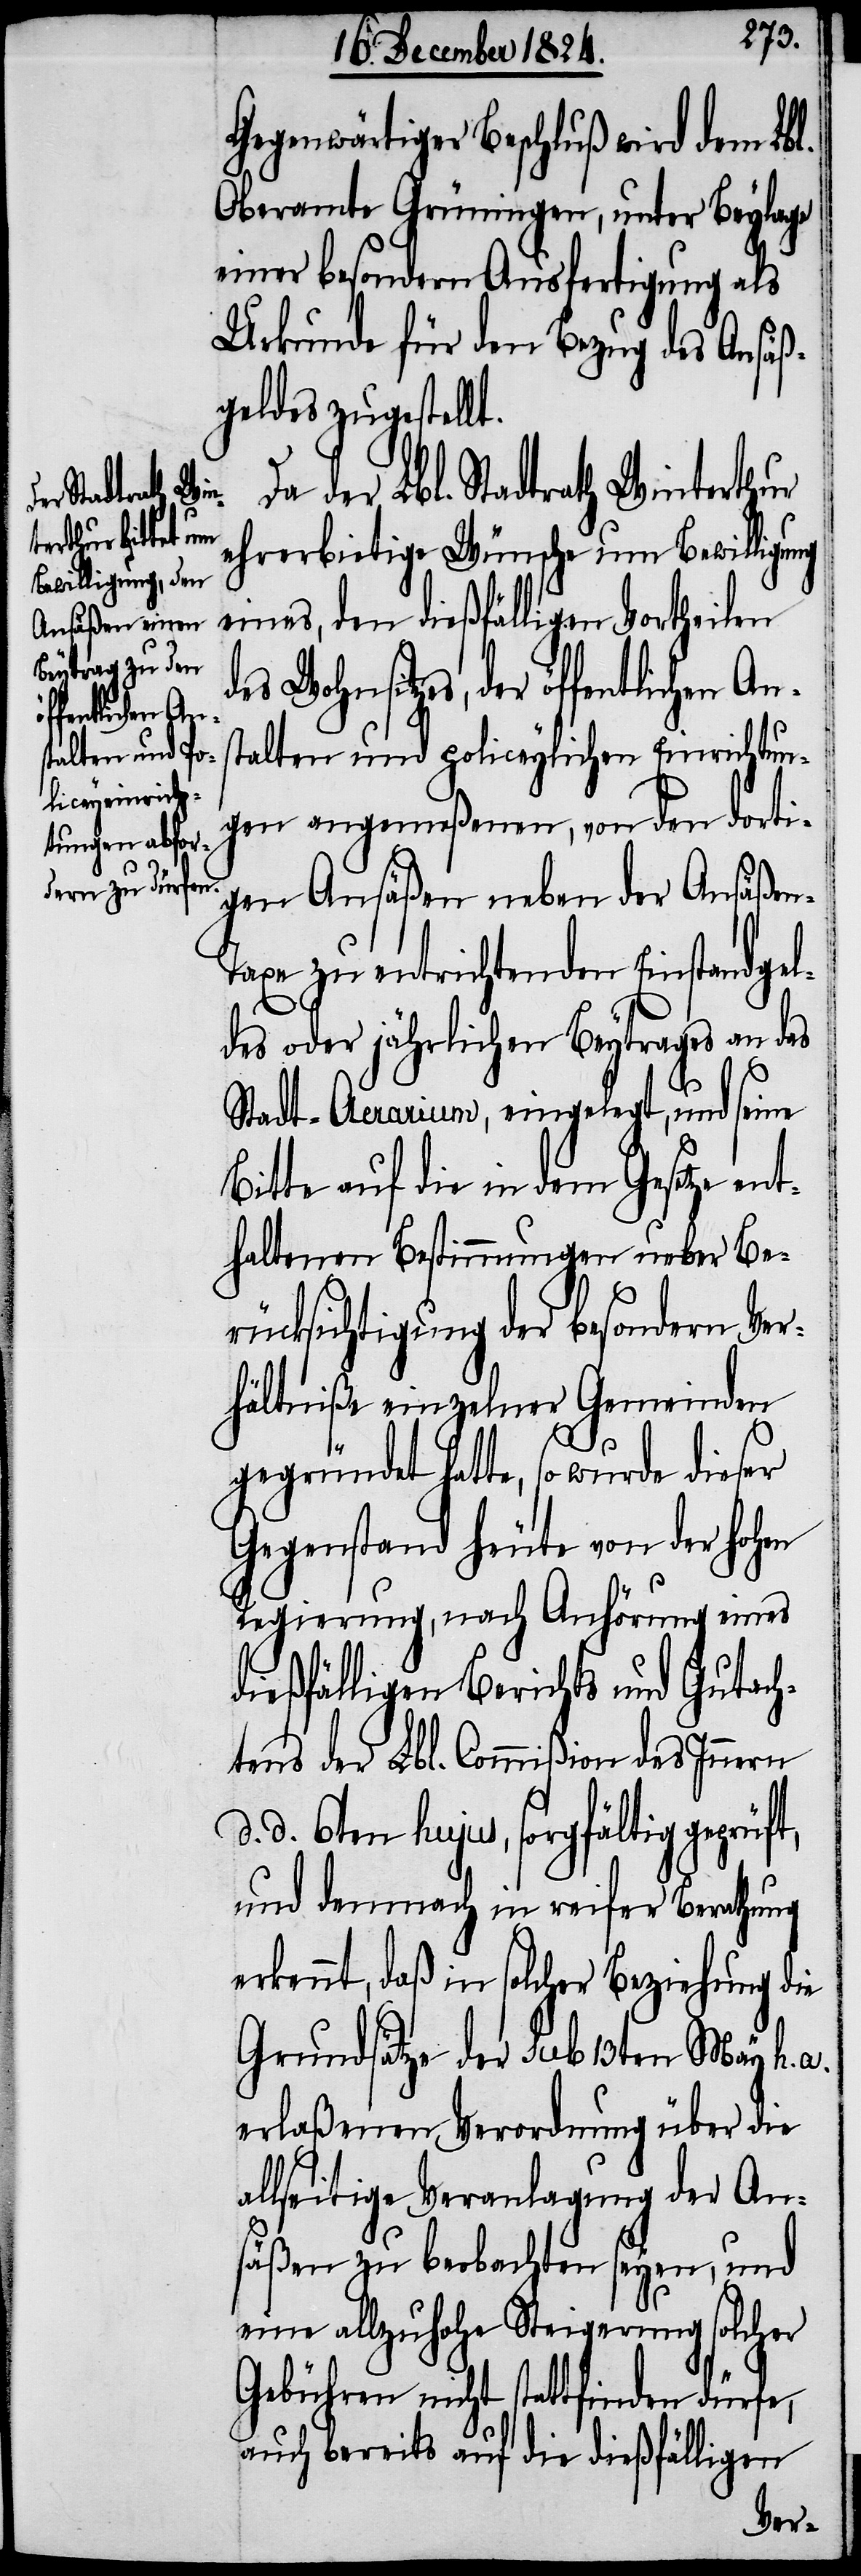
Gegenwärtiger Beschluß wird dem Lbl.
Oberamte Grüningen, unter Beylage
einer besondern Ausfertigung als
Urkunde für den Bezug des Ansäß¬
geldes zugestellt.
der Lbl. Stadtrath Winterthur
ehrerbietige Wünsche um Bewilligung
eines, den dießfälligen Vortheilen
Wohnsitzes, der öffentlichen Ans¬
talten und policeylichen Einrichtun¬
gen angemeßen, von den dorti¬
gen Ansäßen neben der Ansäße¬
n-Taxe zu entrichtenden Einstandgel¬
des oder jährlichen Beytrages an das
Stadt-Aerarium, eingelegt, und seine
Bitte auf die in dem Gesetze ent¬
haltenen Bestimmungen ueber Be¬
rücksichtigung der besondern Ver¬
hältniße einzelner Gemeinden
gegründet hatte, so wurde dieser
Gegenstand heute von der hohen
Regierung, nach Anhörung eines
dießfälligen Berichts und Gutach¬
tens der Lbl. Commißion des Innern
d. d. 6ten hujus, sorgfältig geprüft,
und demnach in reifer Berathung
erkennt, daß in solcher Beziehung die
Grundsätze der sub 13ten May h.
erlaßenen Verordnung über die
allseitige Veranlagung der An¬
säßen zu beobachten seyen, und
eine allzuhohe Steigerung solcher
Gebühren nicht stattfinden dürfe,
auch bereits auf die dießfälligen